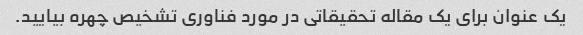
یک عنوان برای یک مقاله تحقیقاتی در مورد فناوری تشخیص چهره بیایید.